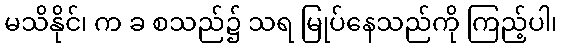
မသိနိုင်၊ က ခ စသည်၌ သရ မြုပ်နေသည်ကို ကြည့်ပါ၊